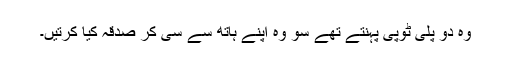
وہ دو پلی ٹوپی پہنتے تھے سو وہ اپنے ہاتھ سے سی کر صدقہ کیا کرتیں۔